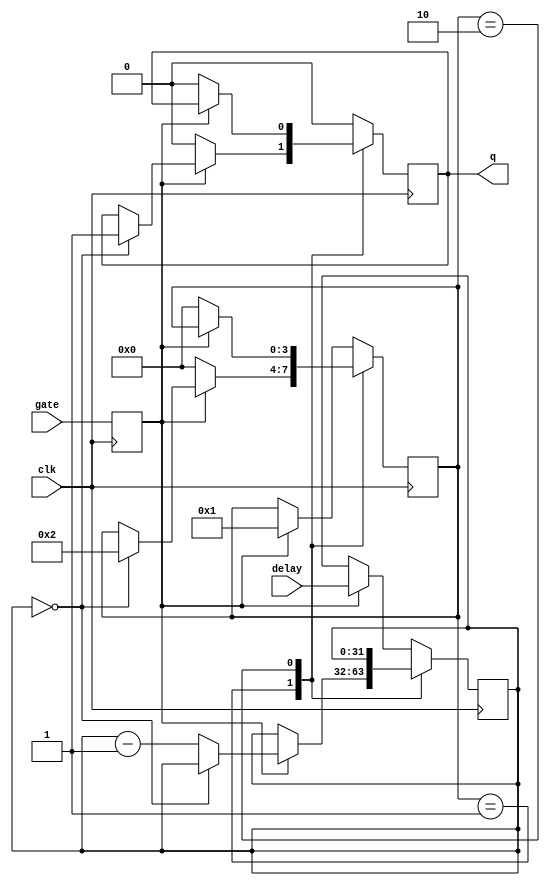
`timescale 1ns / 1ps
//////////////////////////////////////////////////////////////////
//    IonControl 1.0:  Copyright 2016 Sandia Corporation              
//    This Software is released under the GPL license detailed    
//    in the file "license.txt" in the top-level pyGSTi directory 
//////////////////////////////////////////////////////////////////

module delayed_on_gate(
	input wire clk,
	input wire gate,
	input wire [31:0] delay,
	output reg q = 0
    );

reg [3:0] state = 0;
reg [31:0] count = 0;

reg gate_buffer;

always @(posedge clk) begin
	gate_buffer <= gate;
end

always @(posedge clk) begin
	case (state)
		default: begin
			q <= 1'b0;
			if (gate_buffer) begin
				count <= delay;
				state <= 4'h1;
			end
		end
		4'h1: begin
			if (gate_buffer) begin
				if (count==0) begin
					q <= 1'b1;
					state <= 4'h2;
				end else begin
					count <= count - 1'b1;
				end
			end else begin
				q <= 1'b0;
				state <= 4'h0;
			end
		end
		4'h2: begin
			if (~gate_buffer) begin
				q <= 1'b0;
				state <= 4'h0;
			end
		end
	endcase
end

endmodule